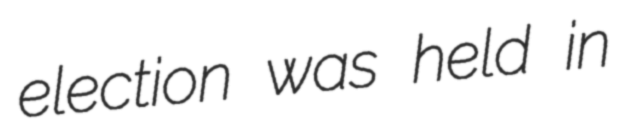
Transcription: election was held in